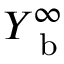
Y _ { \mathrm { ~ b ~ } } ^ { \infty }